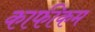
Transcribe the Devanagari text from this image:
काफीकम